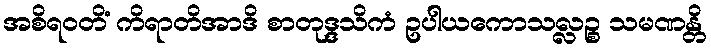
အစိရဝတိံ ကိရာတိအာဒိ စာတုဒ္ဒသိကံ ဥပါယကောသလ္လဉ္စ သမဏန္တိ